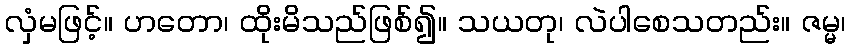
လှံမဖြင့်။ ဟတော၊ ထိုးမိသည်ဖြစ်၍။ သယတု၊ လဲပါစေသတည်း။ ဇမ္မ၊